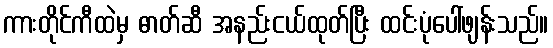
ကားတိုင်ကီထဲမှ ဓာတ်ဆီ အနည်းငယ်ထုတ်ပြီး ထင်းပုံပေါ်ဖျန်းသည်။